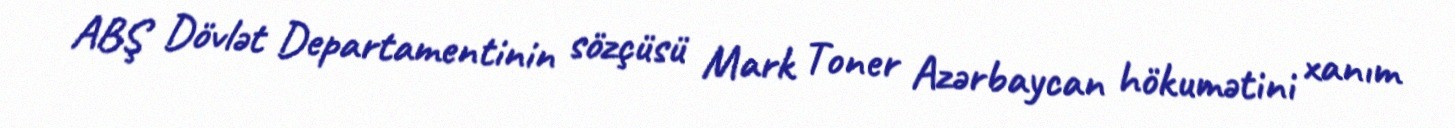
ABŞ Dövlət Departamentinin sözçüsü Mark Toner Azərbaycan hökumətini xanım